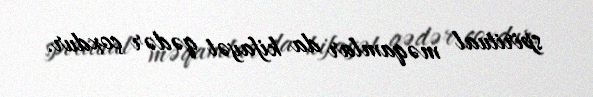
spiritual məqamlar da kifayət qədər çoxdur.